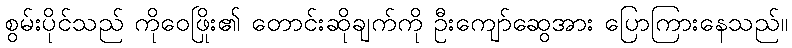
စွမ်းပိုင်သည် ကိုဝေဖြိုး၏ တောင်းဆိုချက်ကို ဦးကျော်ဆွေအား ပြောကြားနေသည်။